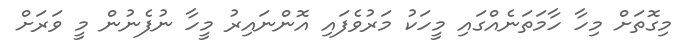
މިގޮތަށް މިހާ ހާމަތަނެއްގައި މީހަކު މަރުވެފައި އޮންނައިރު މީހާ ނުފެނުން މީ ވަރަށް